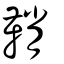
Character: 鞘